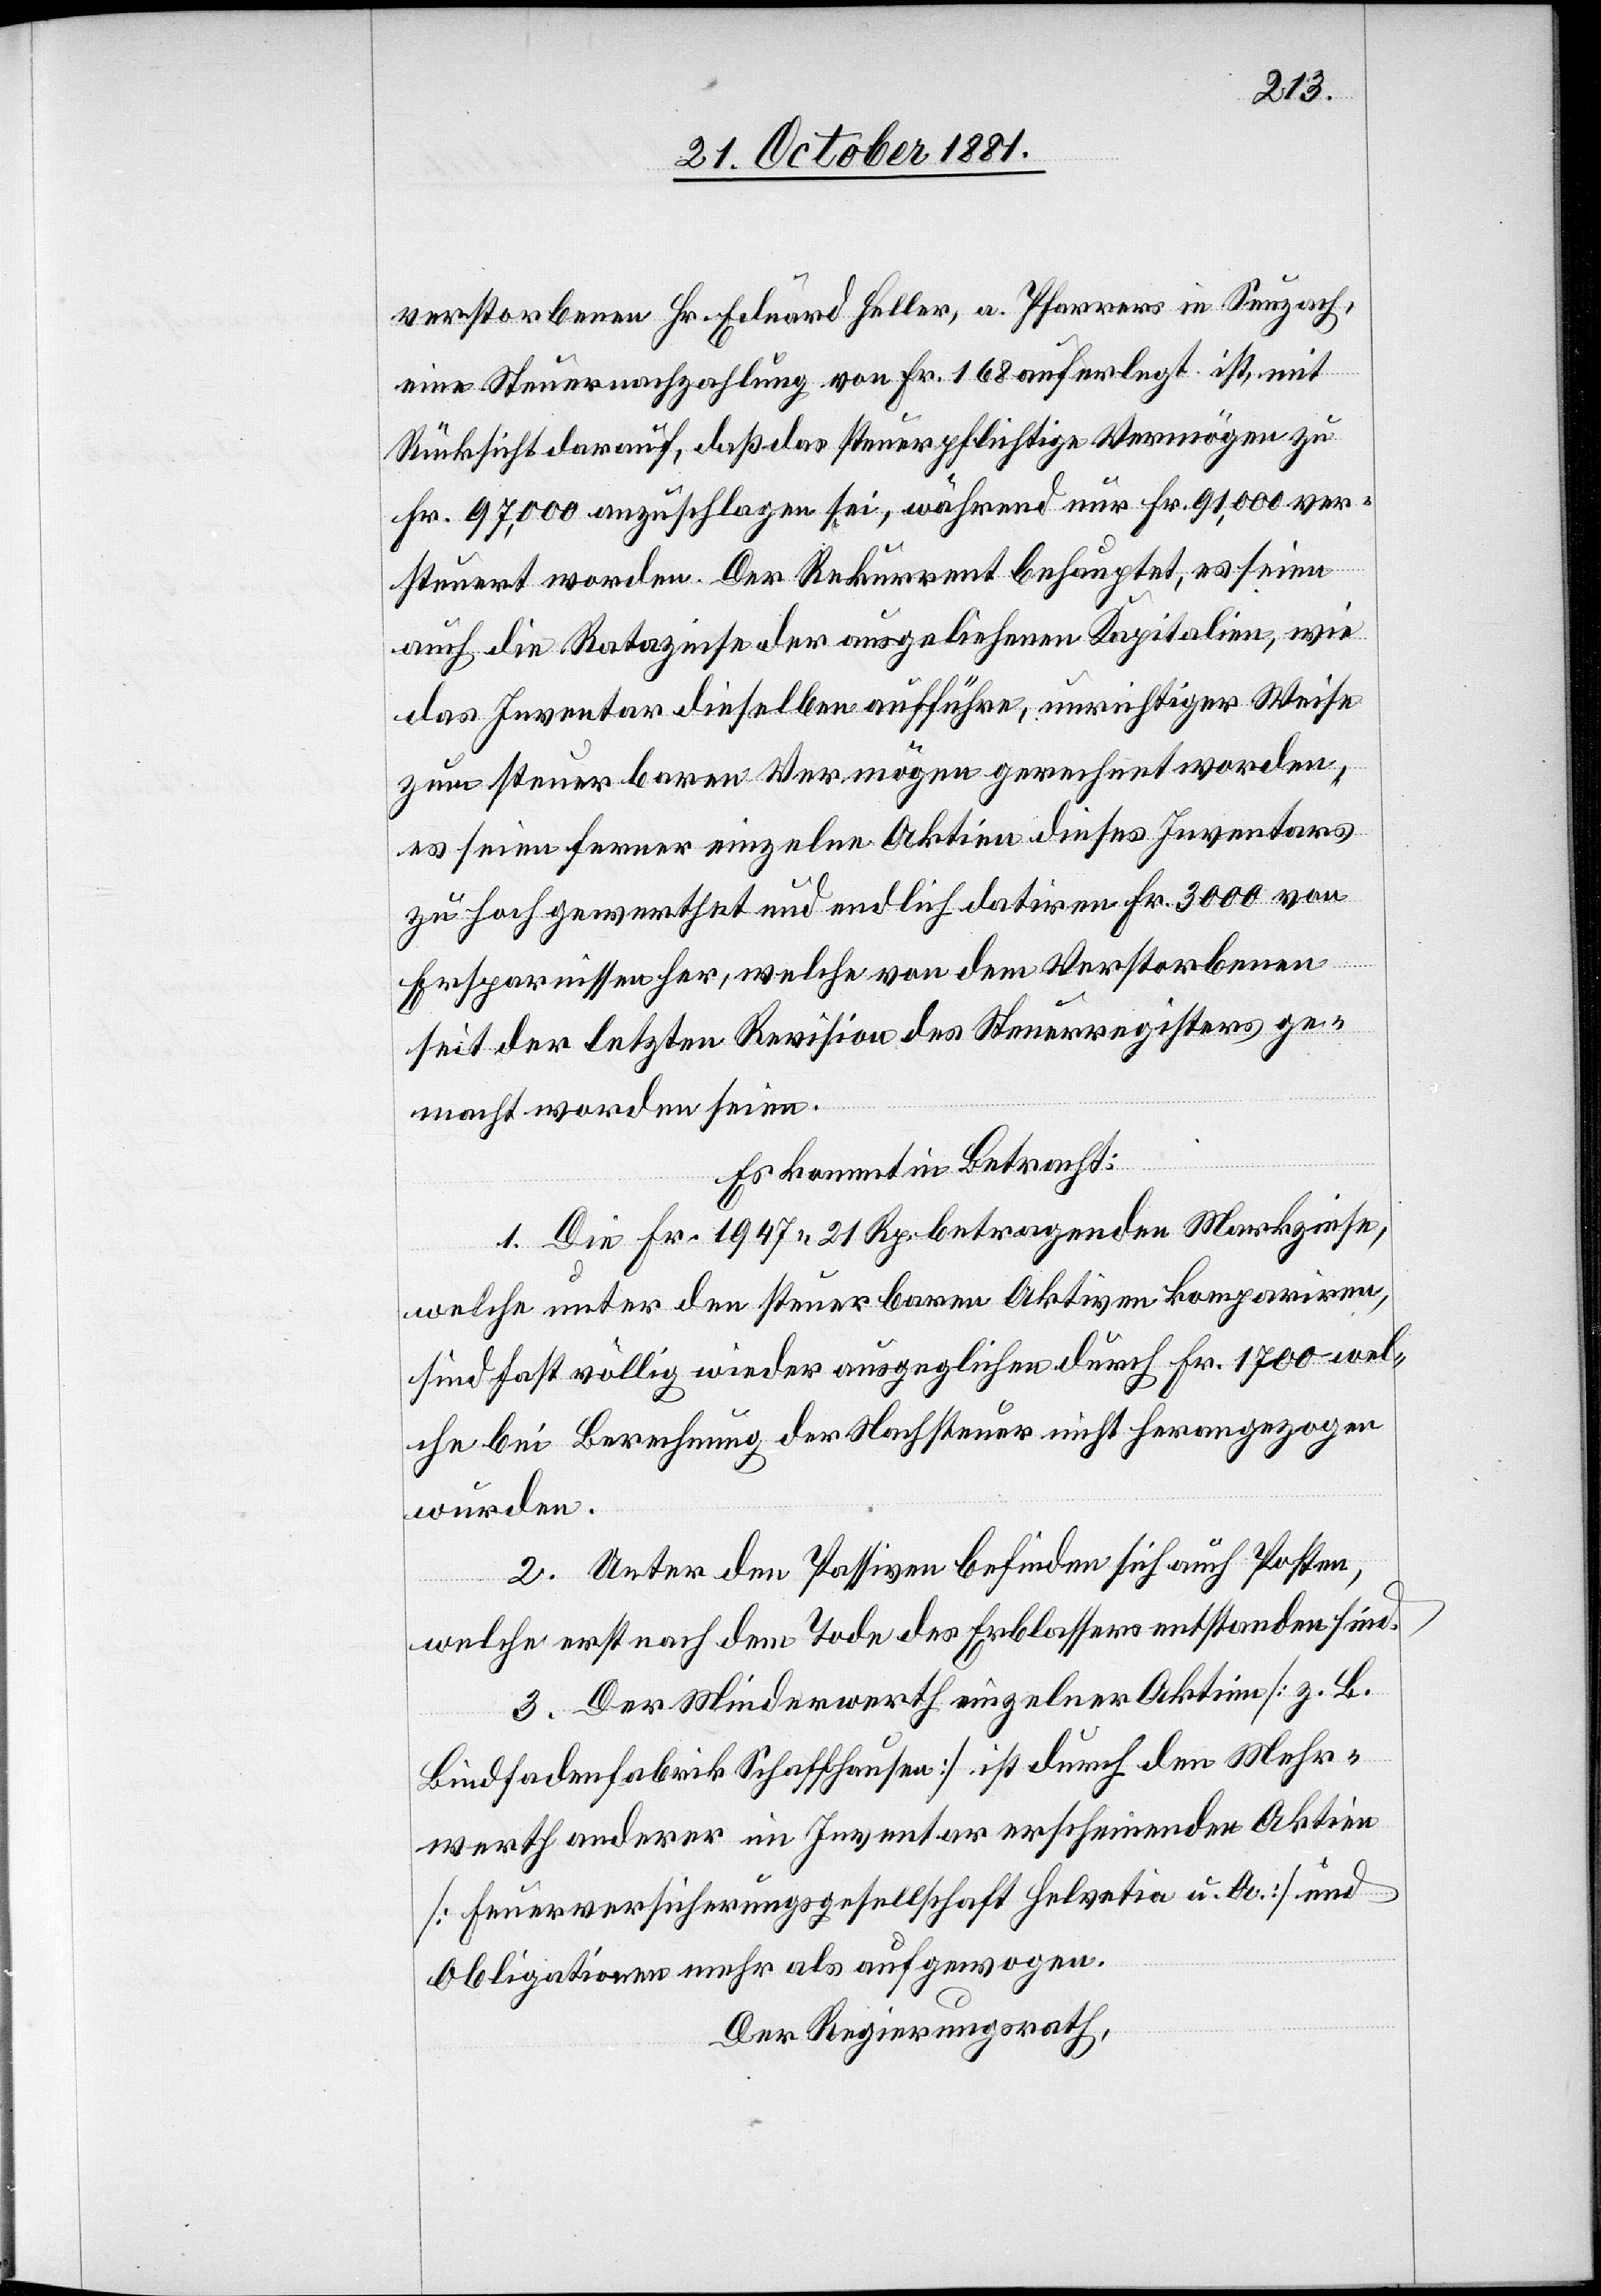
verstorbenen Hr. Eduard Heller, a. Pfarrers in Seuzach,
eine Steuernachzahlung von Fr. 168 auferlegt ist, mit
Rücksicht darauf, daß das steuerpflichtige Vermögen zu
Fr. 97,000 anzuschlagen sei, während nur Fr. 91,000 ver¬
steuert worden. Der Rekurrent behauptet, es seien
auch die Ratazinse der ausgeliehenen Kapitalien, wie
das Inventar dieselben aufführe, unrichtiger Weise
zum steuerbaren Vermögen gerechnet worden,
es seien ferner einzelne Aktien dieses Inventars
zu hoch gewerthet und endlich datiren Fr. 3000 von
Ersparnissen her, welche von dem Verstorbenen
seit der letzten Revision des Steuerregisters ge¬
macht worden seien.
Es kommt in Betracht:
1. Die Fr. 1979 21 Rp. betragenden Markzinse,
welche unter den steuerbaren Aktiven kompariren,
sind fast völlig wieder ausgeglichen durch Fr. 1700 wel¬
che bei Berechnung der Nachsteuer nicht herangezogen
wurden.
2. Unter den Passiven befinden sich auch Posten,
welche erst nach dem Tode des Erblassers entstanden sind.
3. Der Minderwerth einzelner Aktien [z. B.
Bindfadenfabrik Schaffhausen] ist durch den Mehr¬
werth anderer im Inventar erscheinenden Aktien
[Feuerversicherungsgesellschaft Helvetia u. Co.] und
Obligationen mehr als aufgewogen.
Der Regierungsrath,